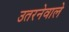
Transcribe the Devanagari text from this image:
उतरनेवाले